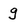
Character: g